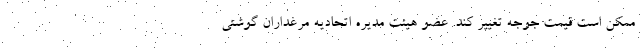
ممکن است قیمت جوجه تغییر کند. عضو هیئت مدیره اتحادیه مرغداران گوشتی